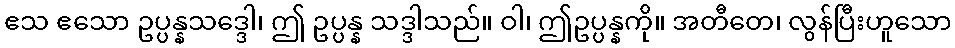
ဧသ ဧသော ဥပ္ပန္နသဒ္ဒေါ၊ ဤ ဥပ္ပန္န သဒ္ဒါသည်။ ဝါ၊ ဤဥပ္ပန္နကို။ အတီတေ၊ လွန်ပြီးဟူသော